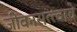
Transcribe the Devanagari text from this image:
जीवनसत्त्वाचे